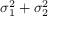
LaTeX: \sigma _ { 1 } ^ { 2 } + \sigma _ { 2 } ^ { 2 }